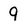
Character: 9